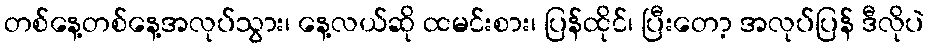
တစ်နေ့တစ်နေ့အလုပ်သွား၊ နေ့လယ်ဆို ထမင်းစား၊ ပြန်ထိုင်၊ ပြီးတော့ အလုပ်ပြန် ဒီလိုပဲ